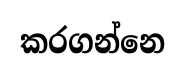
කරගන්නෙ